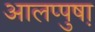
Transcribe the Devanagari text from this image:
आलप्पुषा़